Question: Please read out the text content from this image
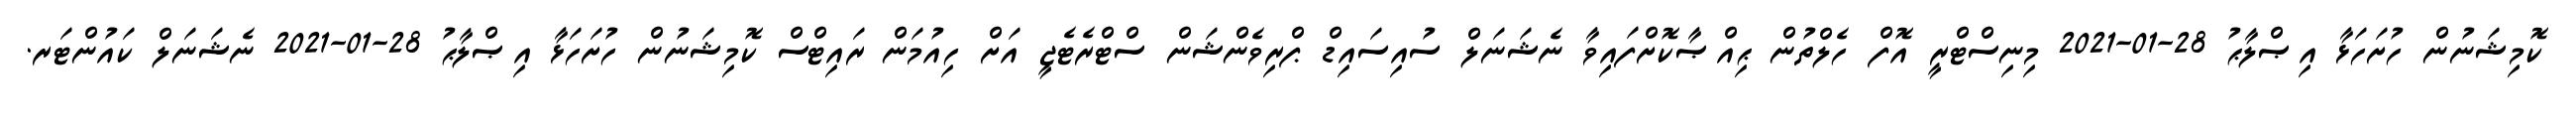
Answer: ކޮމިޝަނުން ހުށަހަޅާ އިޞްލާޙު 28-01-2021 މިނިސްޓްރީ އޮފް ހެލްތުން ޙިއްޞާކޮށްފައިވާ ނެޝަނަލް ސުއިސައިޑް ޕްރިވެންޝަން ސްޓްރެޓެޖީ އަށް ހިއުމަން ރައިޓްސް ކޮމިޝަނުން ހުށަހަޅާ އިޞްލާޙު 28-01-2021 ނެޝަނަލް ކައުންޓަރ.